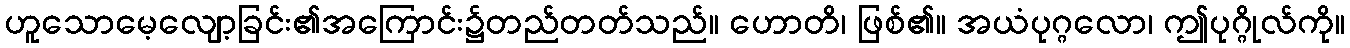
ဟူသောမေ့လျော့ခြင်း၏အကြောင်း၌တည်တတ်သည်။ ဟောတိ၊ ဖြစ်၏။ အယံပုဂ္ဂလော၊ ဤပုဂ္ဂိုလ်ကို။